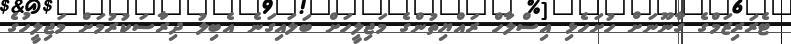
ޓެރަރިޒަމްގެ ގާނޫނަށް ހުށަހެޅި އިސްލާހް ރައްޔިތުންގެ މަޖިލީހަށް ބަލައިގަނެ އެބިލު ދިރާސަކުރުމަށް މަޖިލީހުގެ